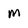
Character: m